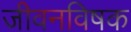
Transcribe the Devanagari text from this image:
जीवनविषक